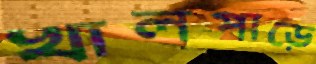
খালপাড়ে